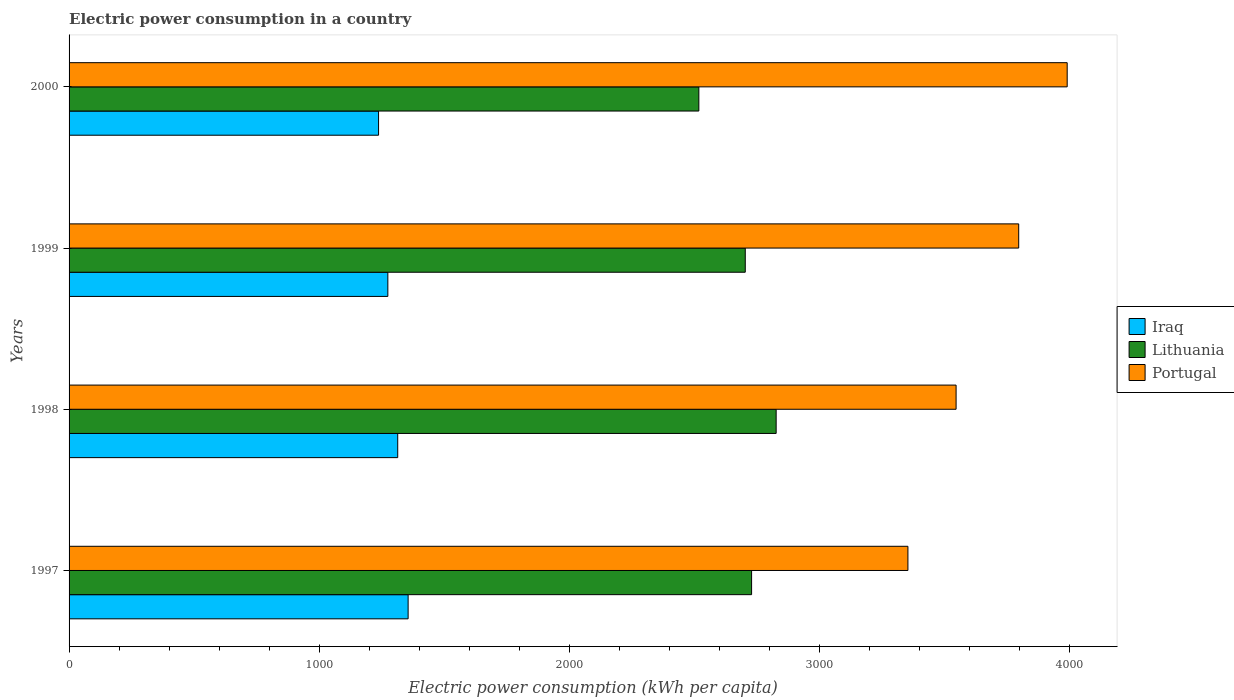
| Years | Iraq | Lithuania | Portugal |
 | --- | --- | --- | --- |
 | 1997 | 1.36e+03 | 2.73e+03 | 3.35e+03 |
 | 1998 | 1.31e+03 | 2.83e+03 | 3.55e+03 |
 | 1999 | 1.27e+03 | 2.7e+03 | 3.8e+03 |
 | 2000 | 1.24e+03 | 2.52e+03 | 3.99e+03 |